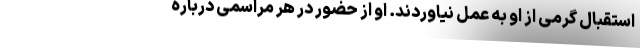
استقبال گرمی از او به عمل نیاوردند. او از حضور در هر مراسمی دربارۀ